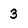
Character: 3